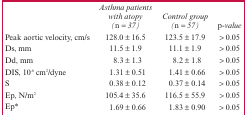
<table><thead><tr><td></td><td><b><i>Asthma patients with atopy (n =37)</i></b></td><td><b><i>Control group (n = 57)</i></b></td><td><b><i>p-value</i></b></td></tr></thead><tbody><tr><td>Peak aortic velocity, cm/s</td><td>128.0 ± 16.5</td><td>123.5 ± 17.9</td><td>&gt; 0.05</td></tr><tr><td>Ds, mm</td><td>11.5 ± 1.9</td><td>11.1 ± 1.9</td><td>&gt; 0.05</td></tr><tr><td>Dd, mm</td><td>8.3 ± 1.3</td><td>8.2 ± 1.8</td><td>&gt; 0.05</td></tr><tr><td>DIS, 10<sup>-6</sup> cm<sup>2</sup>/dyne</td><td>1.31 ± 0.51</td><td>1.41 ± 0.66</td><td>&gt; 0.05</td></tr><tr><td>S</td><td>0.38 ± 0.12</td><td>0.37 ± 0.14</td><td>&gt; 0.05</td></tr><tr><td>Ep, N/m<sup>2</sup></td><td>105.4 ± 35.6</td><td>116.5 ± 55.9</td><td>&gt; 0.05</td></tr><tr><td>Ep*</td><td>1.69 ± 0.66</td><td>1.83 ± 0.90</td><td>&gt; 0.05</td></tr></tbody></table>